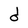
Character: d